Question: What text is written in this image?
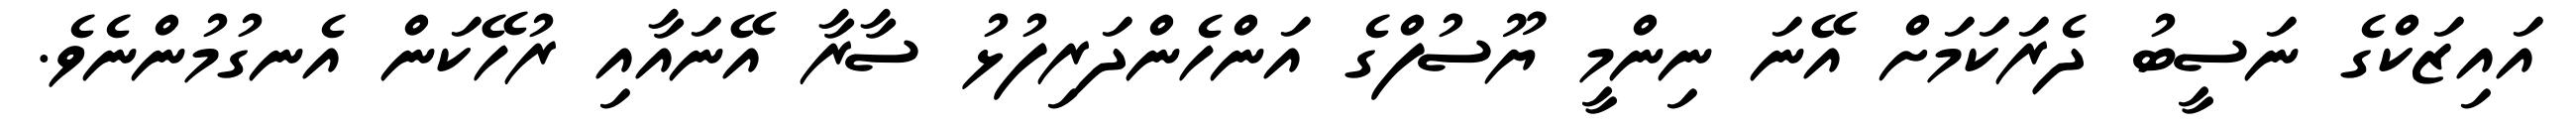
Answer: އައިޒަކްގެ ނަސީބު ދެރަކަމަށް އޭނަ ނިންމީ ޔޫސުފްގެ އަންހެންދަރިފުޅު ސާރާ އޭނައާއި ރުހޭކަން އެނގުމުންނެވެ.